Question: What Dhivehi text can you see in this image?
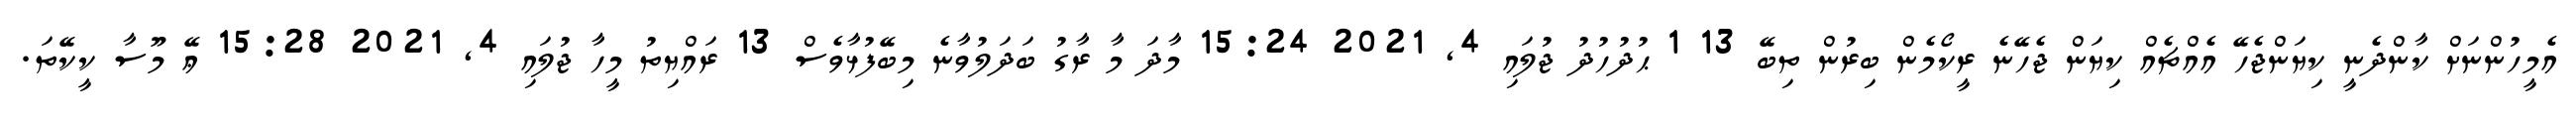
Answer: އެމީހުންނަށް ކާންދެނީ ކިޔަންޖެހޭ އެއްޗެއް ކިޔަން ޖެހޭނެ ރީކޯމެން ބިރުން ތިބޭ 13 1 ޙުދުހުދު ޖުލައި 4, 2021 15:24 މާދަ މާ ރާގު ބަދަލުވާނެ މިބޭފުޅާވެސް 13 ރައްޔިތު މީހާ ޖުލައި 4, 2021 15:28 ޢޭ މޫސާ ކީކޭތަ.